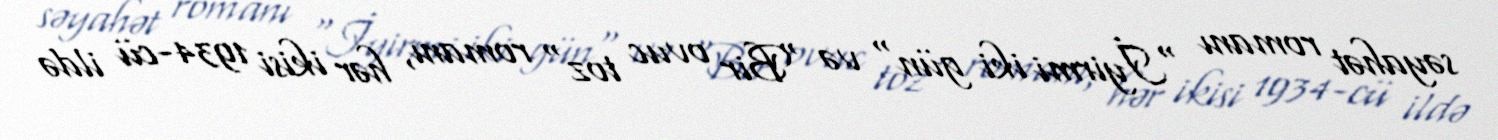
səyahət romanı "İyirmi iki gün" və "Bir ovuc toz" romanı, hər ikisi 1934-cü ildə